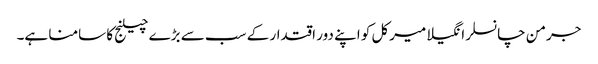
جرمن چانسلر انگیلا میرکل کو اپنے دور اقتدار کے سب سے بڑے چیلنج کا سامنا ہے۔